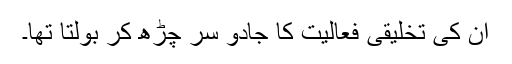
ان کی تخلیقی فعالیت کا جادو سر چڑھ کر بولتا تھا۔